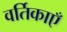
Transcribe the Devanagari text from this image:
वर्तिकाएँ